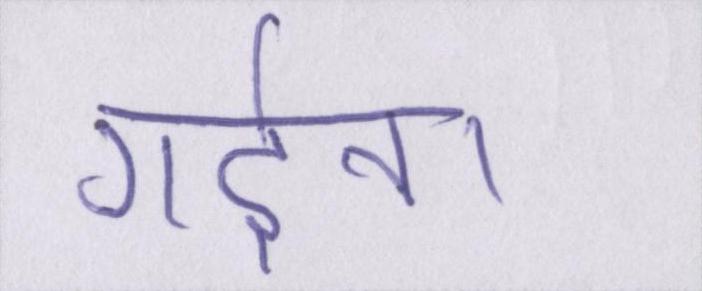
गर्दन।